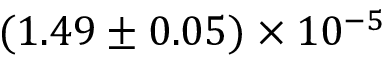
( 1 . 4 9 \pm 0 . 0 5 ) \times 1 0 ^ { - 5 }